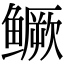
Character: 鳜